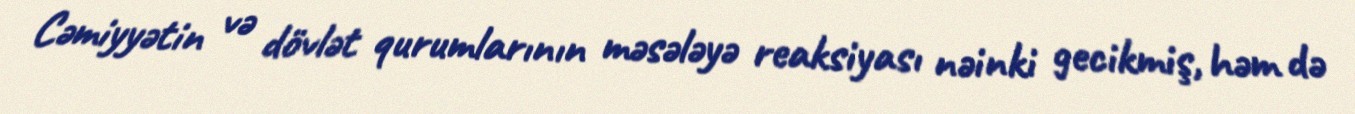
Cəmiyyətin və dövlət qurumlarının məsələyə reaksiyası nəinki gecikmiş, həm də